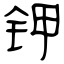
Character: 钾